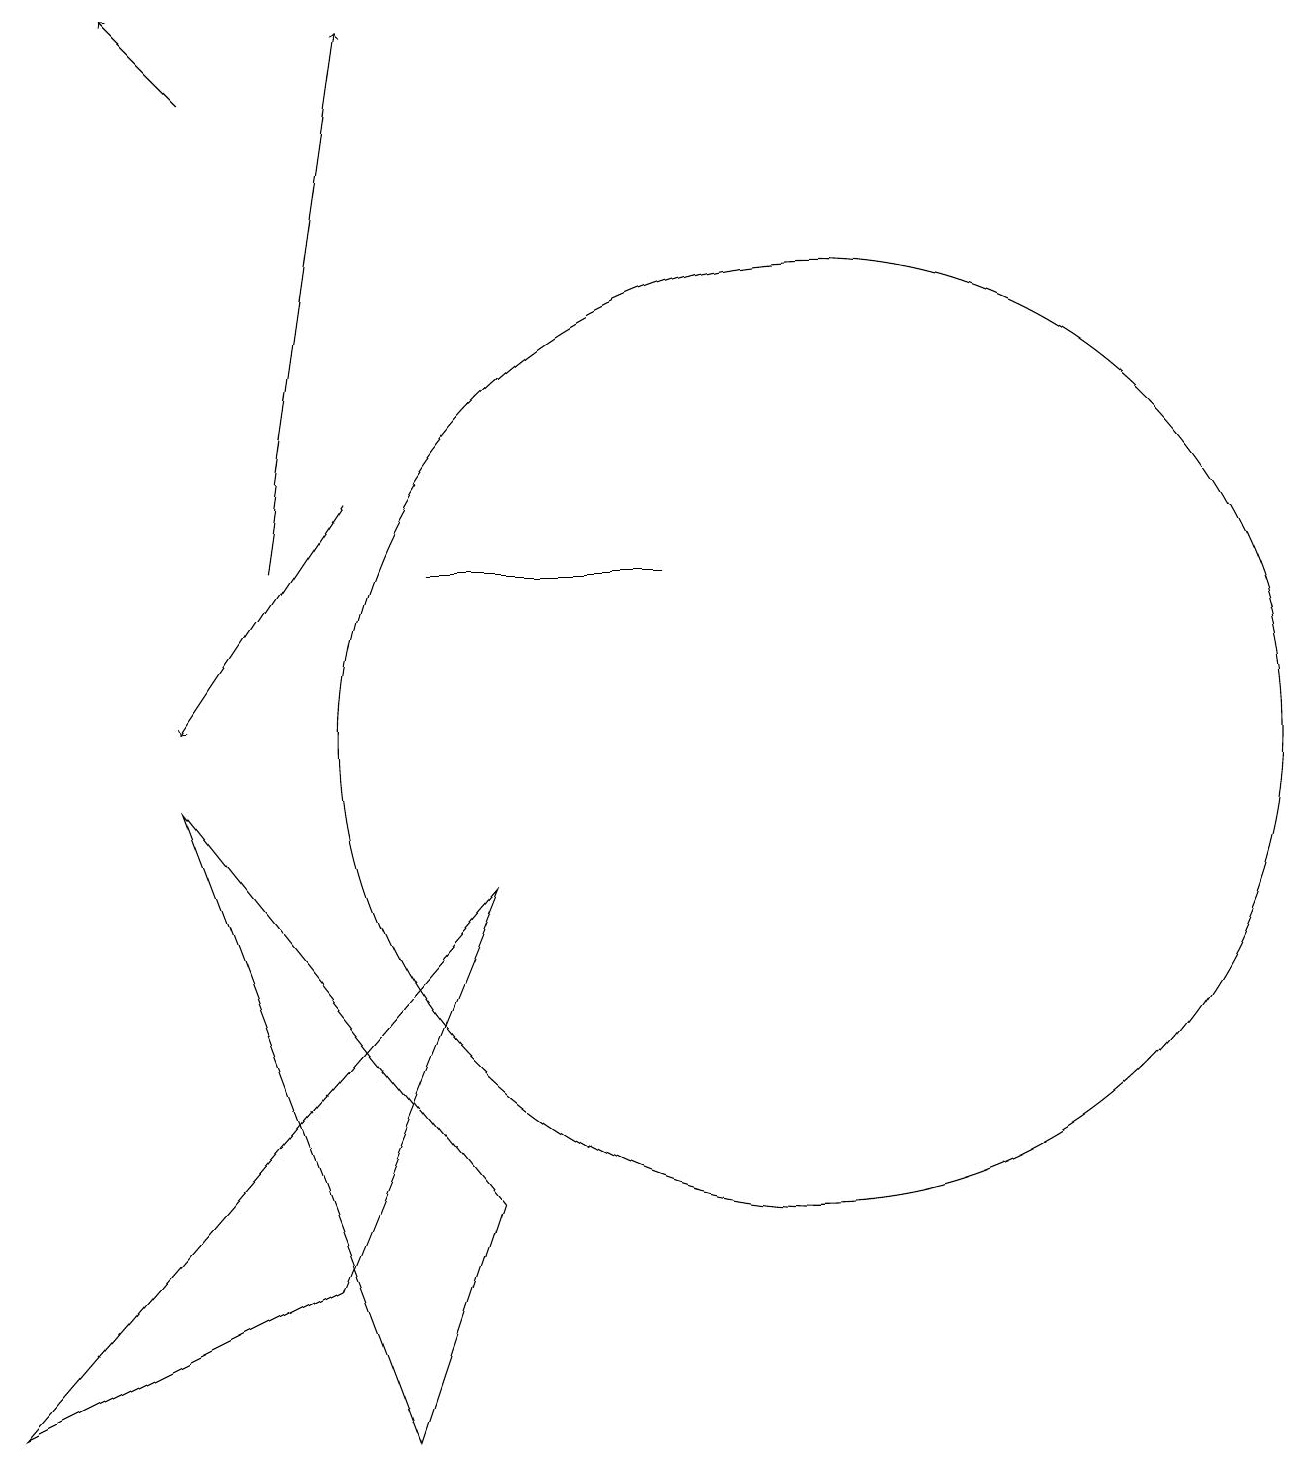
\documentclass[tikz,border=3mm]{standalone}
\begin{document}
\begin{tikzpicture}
\draw (11,10) circle (6);
\draw[->] (5,13) -- (3,10);
\draw (6,1) -- (7,4) -- (3,9) -- cycle;
\draw[->] (4,12) -- (5,19);
\draw[->] (3,18) -- (2,19);
\draw (7,8) -- (1,1) -- (5,3) -- cycle;
\draw (6,12) rectangle (9,12);
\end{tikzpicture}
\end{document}